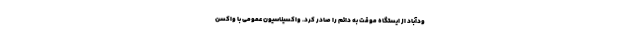
ودآباد از ایستگاه موقت به دائم را صادر کرد. واکسیناسیون عمومی با واکسن